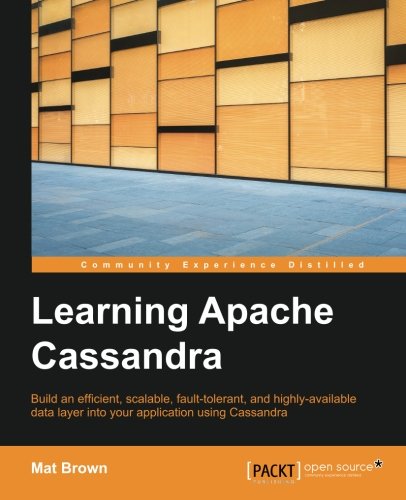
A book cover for Learning Apache Cassandra - Manage Fault Tolerant and Scalable Real-Time Data; Mat Brown; Computers & Technology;